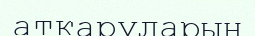
атқаруларын